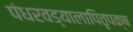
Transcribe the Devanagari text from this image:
पंधरवड्यालापितृपक्ष